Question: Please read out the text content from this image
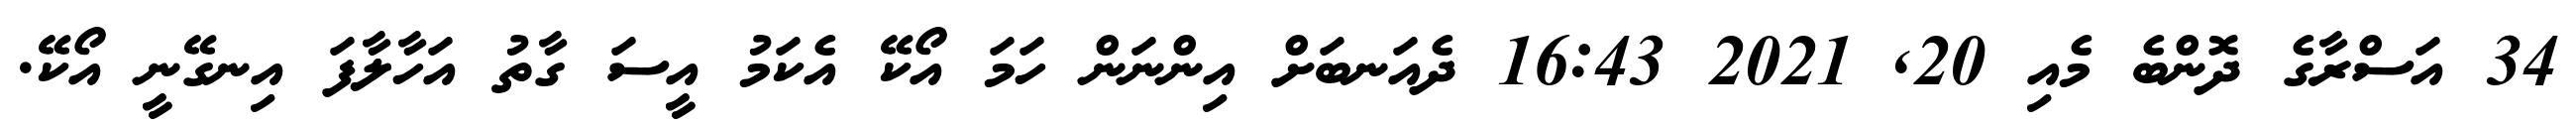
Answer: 34 އަސްރާގެ ދޮންބެ މެއި 20, 2021 16:43 ދެއަނބަށް އިންނަން ހަމަ އޯކޭ އެކަމު އީސަ ގާތު އަހާލާފަ އިނގޭނީ އޯކޭ.